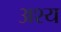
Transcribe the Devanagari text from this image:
अश्य